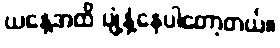
ယနေ့အထိ ပျံ့နှံ့နေပါတော့တယ်။